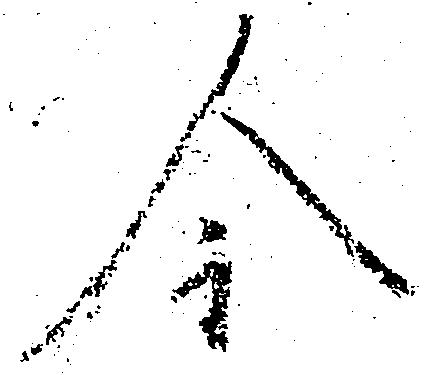
今